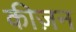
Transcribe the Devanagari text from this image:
कीज़न